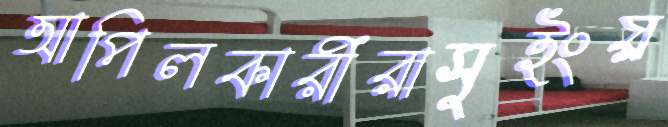
আপিলকারীরাসুইংয়